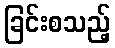
ခြင်းစသည့်